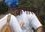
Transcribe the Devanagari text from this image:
कैनाल्स